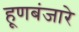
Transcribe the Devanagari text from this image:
हूणबंजारे